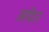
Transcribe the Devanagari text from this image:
मफिल